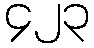
၄၂၃